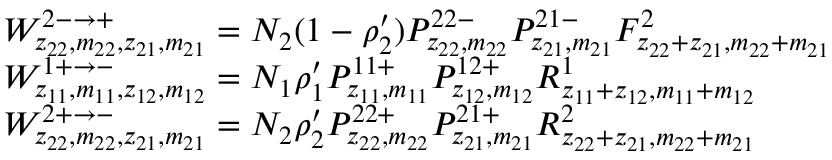
\begin{array} { r l } & { W _ { z _ { 2 2 } , m _ { 2 2 } , z _ { 2 1 } , m _ { 2 1 } } ^ { 2 - \rightarrow + } = N _ { 2 } ( 1 - \rho _ { 2 } ^ { \prime } ) P _ { z _ { 2 2 } , m _ { 2 2 } } ^ { 2 2 - } P _ { z _ { 2 1 } , m _ { 2 1 } } ^ { 2 1 - } F _ { z _ { 2 2 } + z _ { 2 1 } , m _ { 2 2 } + m _ { 2 1 } } ^ { 2 } } \\ & { W _ { z _ { 1 1 } , m _ { 1 1 } , z _ { 1 2 } , m _ { 1 2 } } ^ { 1 + \rightarrow - } = N _ { 1 } \rho _ { 1 } ^ { \prime } P _ { z _ { 1 1 } , m _ { 1 1 } } ^ { 1 1 + } P _ { z _ { 1 2 } , m _ { 1 2 } } ^ { 1 2 + } R _ { z _ { 1 1 } + z _ { 1 2 } , m _ { 1 1 } + m _ { 1 2 } } ^ { 1 } } \\ & { W _ { z _ { 2 2 } , m _ { 2 2 } , z _ { 2 1 } , m _ { 2 1 } } ^ { 2 + \rightarrow - } = N _ { 2 } \rho _ { 2 } ^ { \prime } P _ { z _ { 2 2 } , m _ { 2 2 } } ^ { 2 2 + } P _ { z _ { 2 1 } , m _ { 2 1 } } ^ { 2 1 + } R _ { z _ { 2 2 } + z _ { 2 1 } , m _ { 2 2 } + m _ { 2 1 } } ^ { 2 } } \end{array}